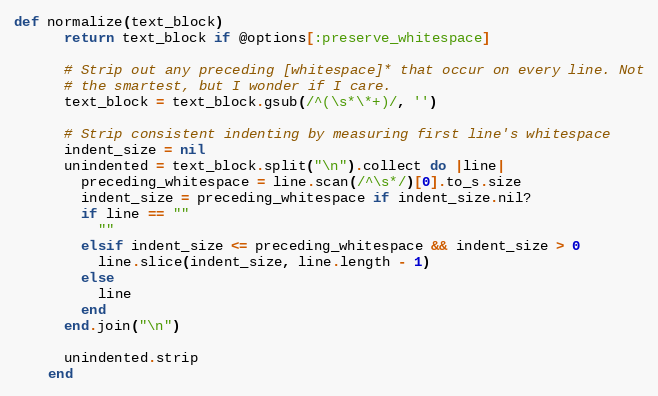
Language: Ruby
def normalize(text_block)
      return text_block if @options[:preserve_whitespace]

      # Strip out any preceding [whitespace]* that occur on every line. Not
      # the smartest, but I wonder if I care.
      text_block = text_block.gsub(/^(\s*\*+)/, '')

      # Strip consistent indenting by measuring first line's whitespace
      indent_size = nil
      unindented = text_block.split("\n").collect do |line|
        preceding_whitespace = line.scan(/^\s*/)[0].to_s.size
        indent_size = preceding_whitespace if indent_size.nil?
        if line == ""
          ""
        elsif indent_size <= preceding_whitespace && indent_size > 0
          line.slice(indent_size, line.length - 1)
        else
          line
        end
      end.join("\n")

      unindented.strip
    end